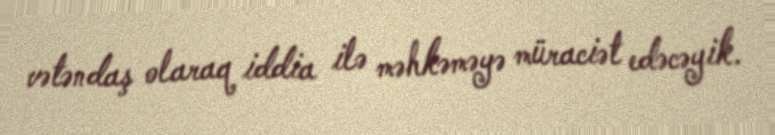
vətəndaş olaraq iddia ilə məhkəməyə müraciət edəcəyik.